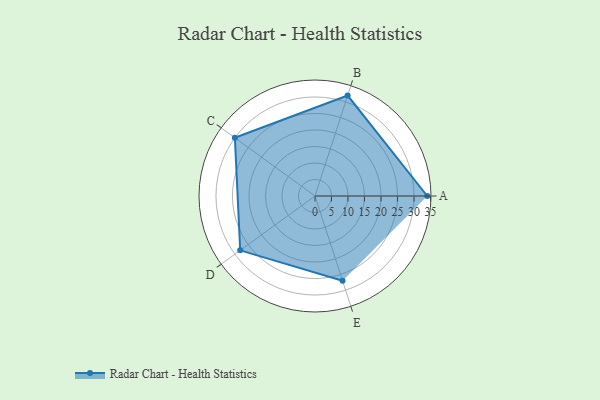
{"axis": {"x": "Skill", "y": "Score"}, "legend": ["Profile"], "data": [{"x": "A", "y": 34.0, "type": "Profile"}, {"x": "B", "y": 32.0, "type": "Profile"}, {"x": "C", "y": 30.0, "type": "Profile"}, {"x": "D", "y": 28.0, "type": "Profile"}, {"x": "E", "y": 27.0, "type": "Profile"}]}